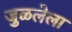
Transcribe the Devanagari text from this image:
जुळलेला